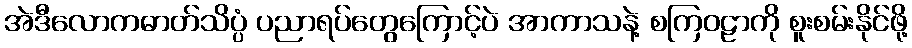
အဲဒီလောကဓာတ်သိပ္ပံ ပညာရပ်တွေကြောင့်ပဲ အာကာသနဲ့ စကြဝဠာကို စူးစမ်းနိုင်ဖို့